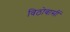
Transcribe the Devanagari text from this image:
विठोबासीं